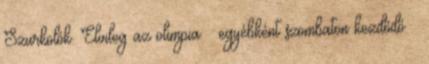
Szurkolók. Elvileg az olimpia – egyébként szombaton kezdődő –